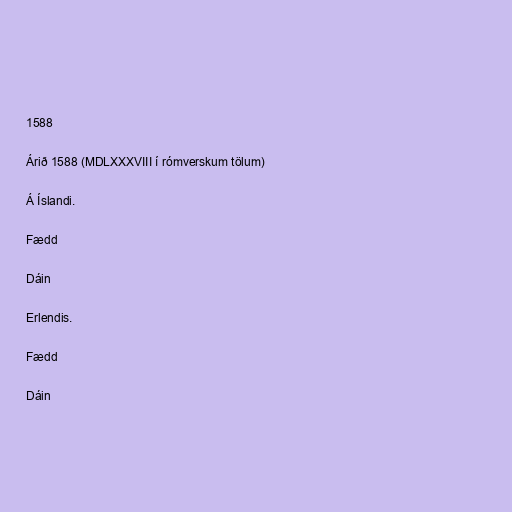
1588

Árið 1588 (MDLXXXVIII í rómverskum tölum)

Á Íslandi.

Fædd

Dáin

Erlendis.

Fædd

Dáin